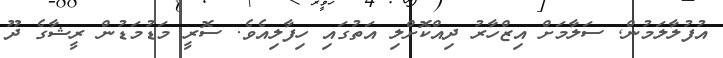
އުފުލާލަމުން